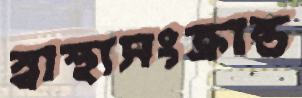
স্বাস্থ্যসংক্রান্ত